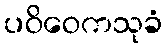
ပဝိဝေကသုခံ